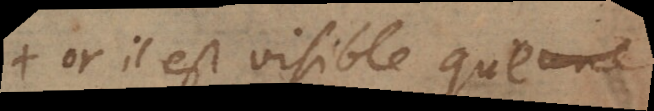
+ or il est visible que